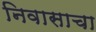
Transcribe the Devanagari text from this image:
निवासाचा